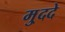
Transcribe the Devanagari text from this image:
मु्ददे